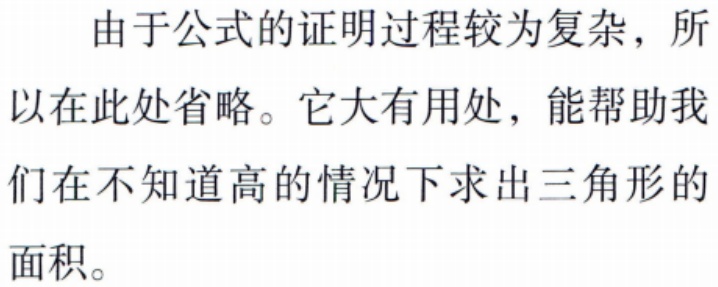
由于公式的证明过程较为复杂，所以在此处省略。它大有用处，能帮助我们在不知道高的情况下求出三角形的面积。